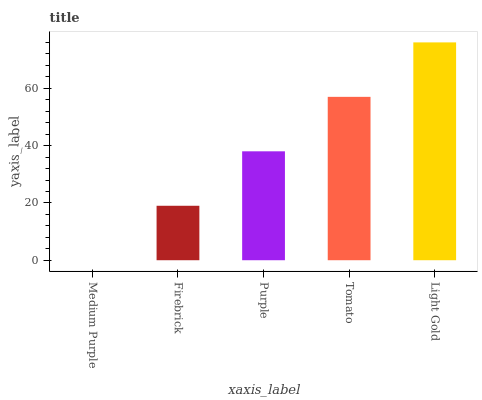
| xaxis_label | bars |
 | --- | --- |
 | Medium Purple | 0 |
 | Firebrick | 19 |
 | Purple | 38 |
 | Tomato | 57 |
 | Light Gold | 76 |